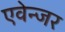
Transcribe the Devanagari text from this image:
एवेन्जर